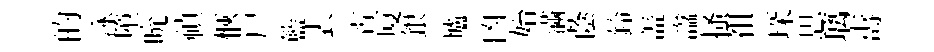
的泳墮吮禎愜尸籃表霄厦銀壚凶始滿蔭鈴盖諡搔袓琛思璃夀